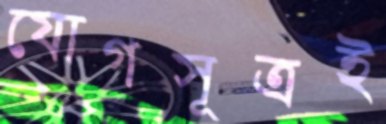
যোগসূত্রই